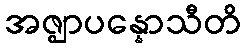
အဇ္ဈာပန္နောသီတိ